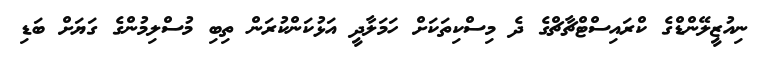
ނިއުޒީލޭންޑްގެ ކްރައިސްޓްޗާޗްގެ ދެ މިސްކިތަކަށް ހަމަލާދީ އަޅުކަންކުރަން ތިބި މުސްލިމުންގެ ގަޔަށް ބަޑި